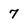
Character: 7